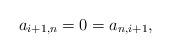
LaTeX: \begin{align*} a_{i+1,n}=0=a_{n, i+1},\end{align*}